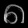
Digit: ၈